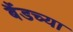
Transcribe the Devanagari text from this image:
बैंडच्या